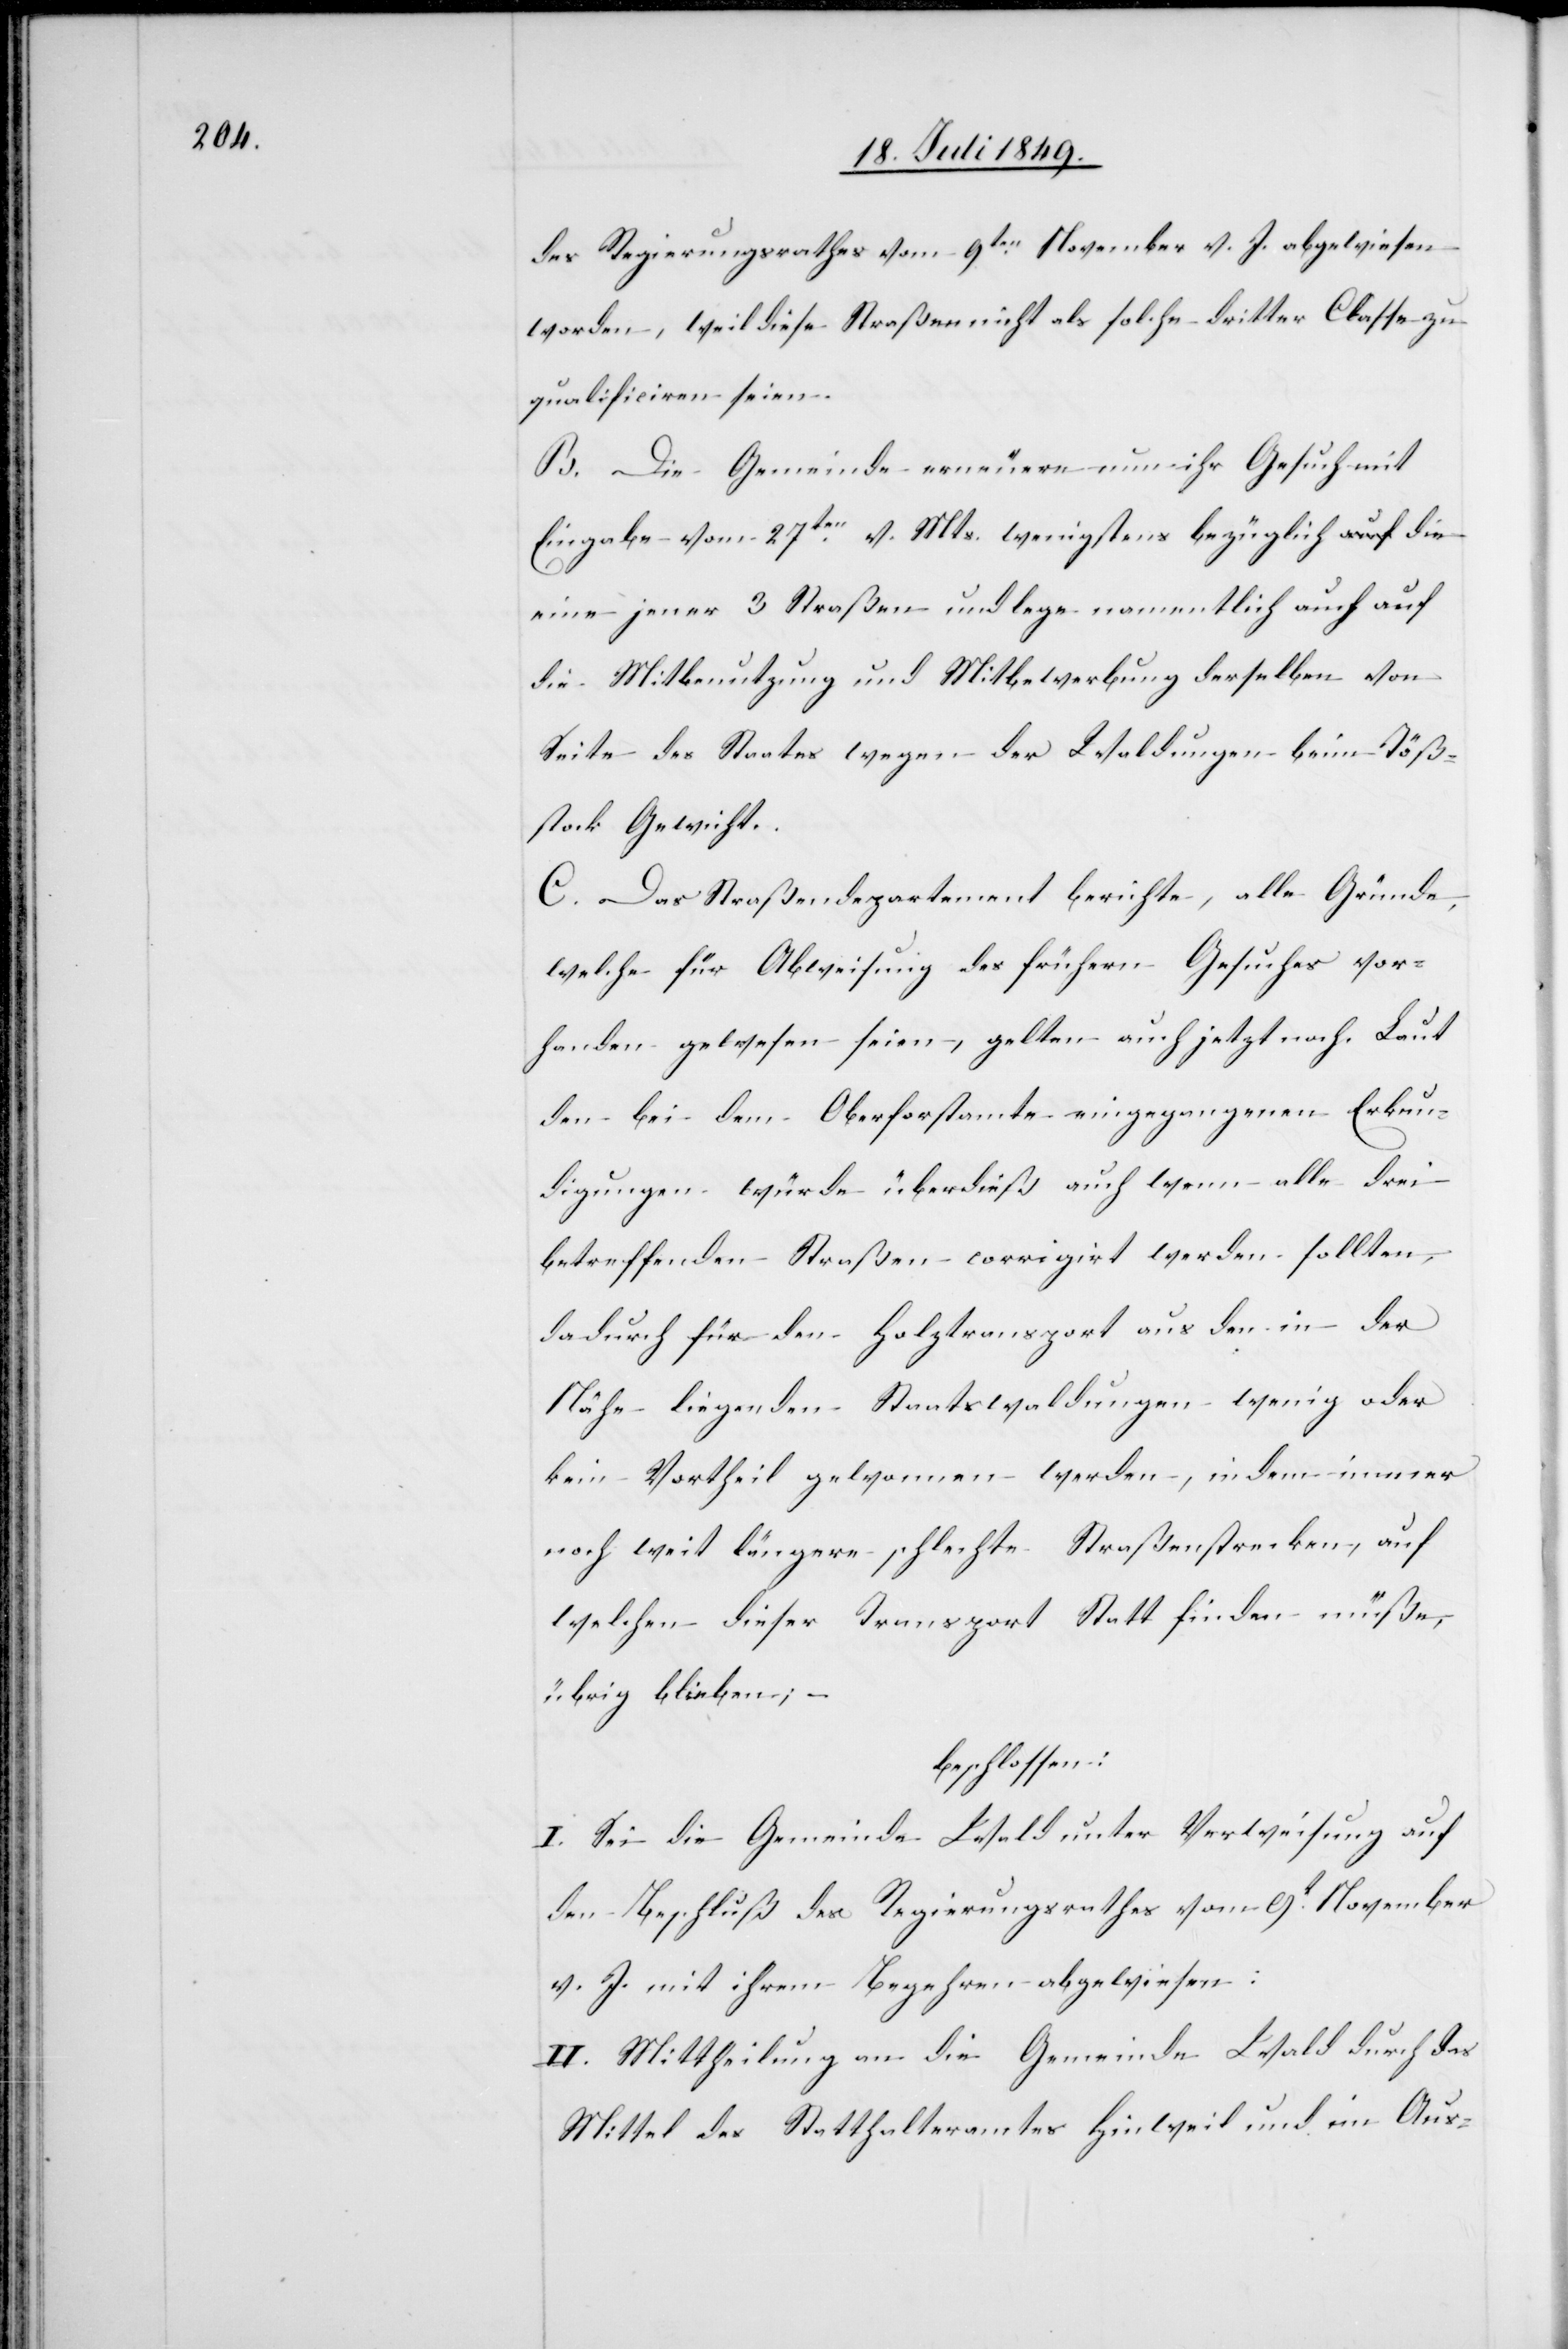
des Regierungsrathes vom 9ten November v. J. abgewiesen
worden, weil diese Straße nicht als solche dritter Classe zu
qualificiren seien.
B. Die Gemeinde erneuere nun ihr Gesuch mit
Eingabe vom 27ten v. Mts. wenigstens bezüglich die
eine jener 3 Straßen und lege namentlich auch auf
die Mitbenutzung und Mitbewerbung derselben von
Seite des Staates wegen der Waldungen beim Töß¬
stock Gewicht.
C. Das Straßendepartement berichte, alle Gründe,
welche für Abweisung des frühern Gesuches vor¬
handen gewesen seien, gelten auch jetzt noch. Laut
den bei dem Oberforstamte eingegangenen Erkun¬
digungen würde überdieß auch wenn alle drei
betreffenden Straßen corrigirt werden sollten,
dadurch für den Holztransport aus den in der
Nähe liegenden Staatswaldungen wenig oder
kein Vortheil gewonnen werden, in dem immer
noch weit längere schlechte Straßenstrecken, auf
welchen dieser Transport Statt finden müße,
übrig bleiben; –
beschlossen:
I. Sei die Gemeinde Wald unter Verweisung auf
den Beschluß des Regierungsrathes vom 9t November
v. J. mit ihrem Begehren abgewiesen:
II. Mittheilung an die Gemeinde Wald durch das
Mittel des Statthalteramtes Hinweil und im Aus-